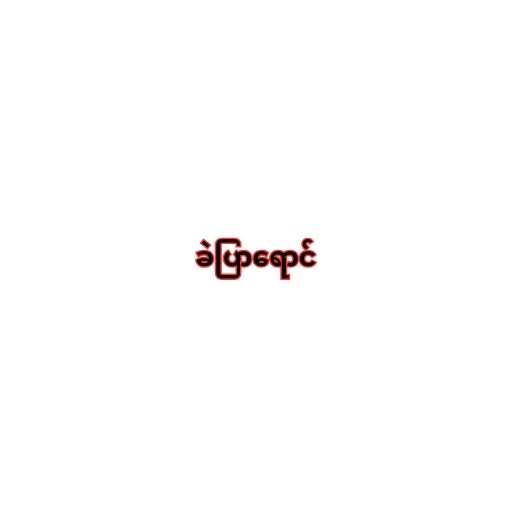
ခဲပြာရောင်